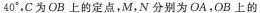
4 0 °$$，C为OB上的定点，M，N分别为OA，OB上的